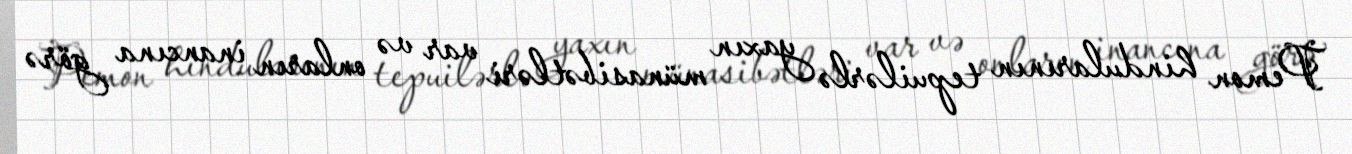
Pemon hindularının tepuilərlə yaxın münasibətləri var və onların inancına görə